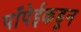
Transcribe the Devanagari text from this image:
पाँपेईकडून